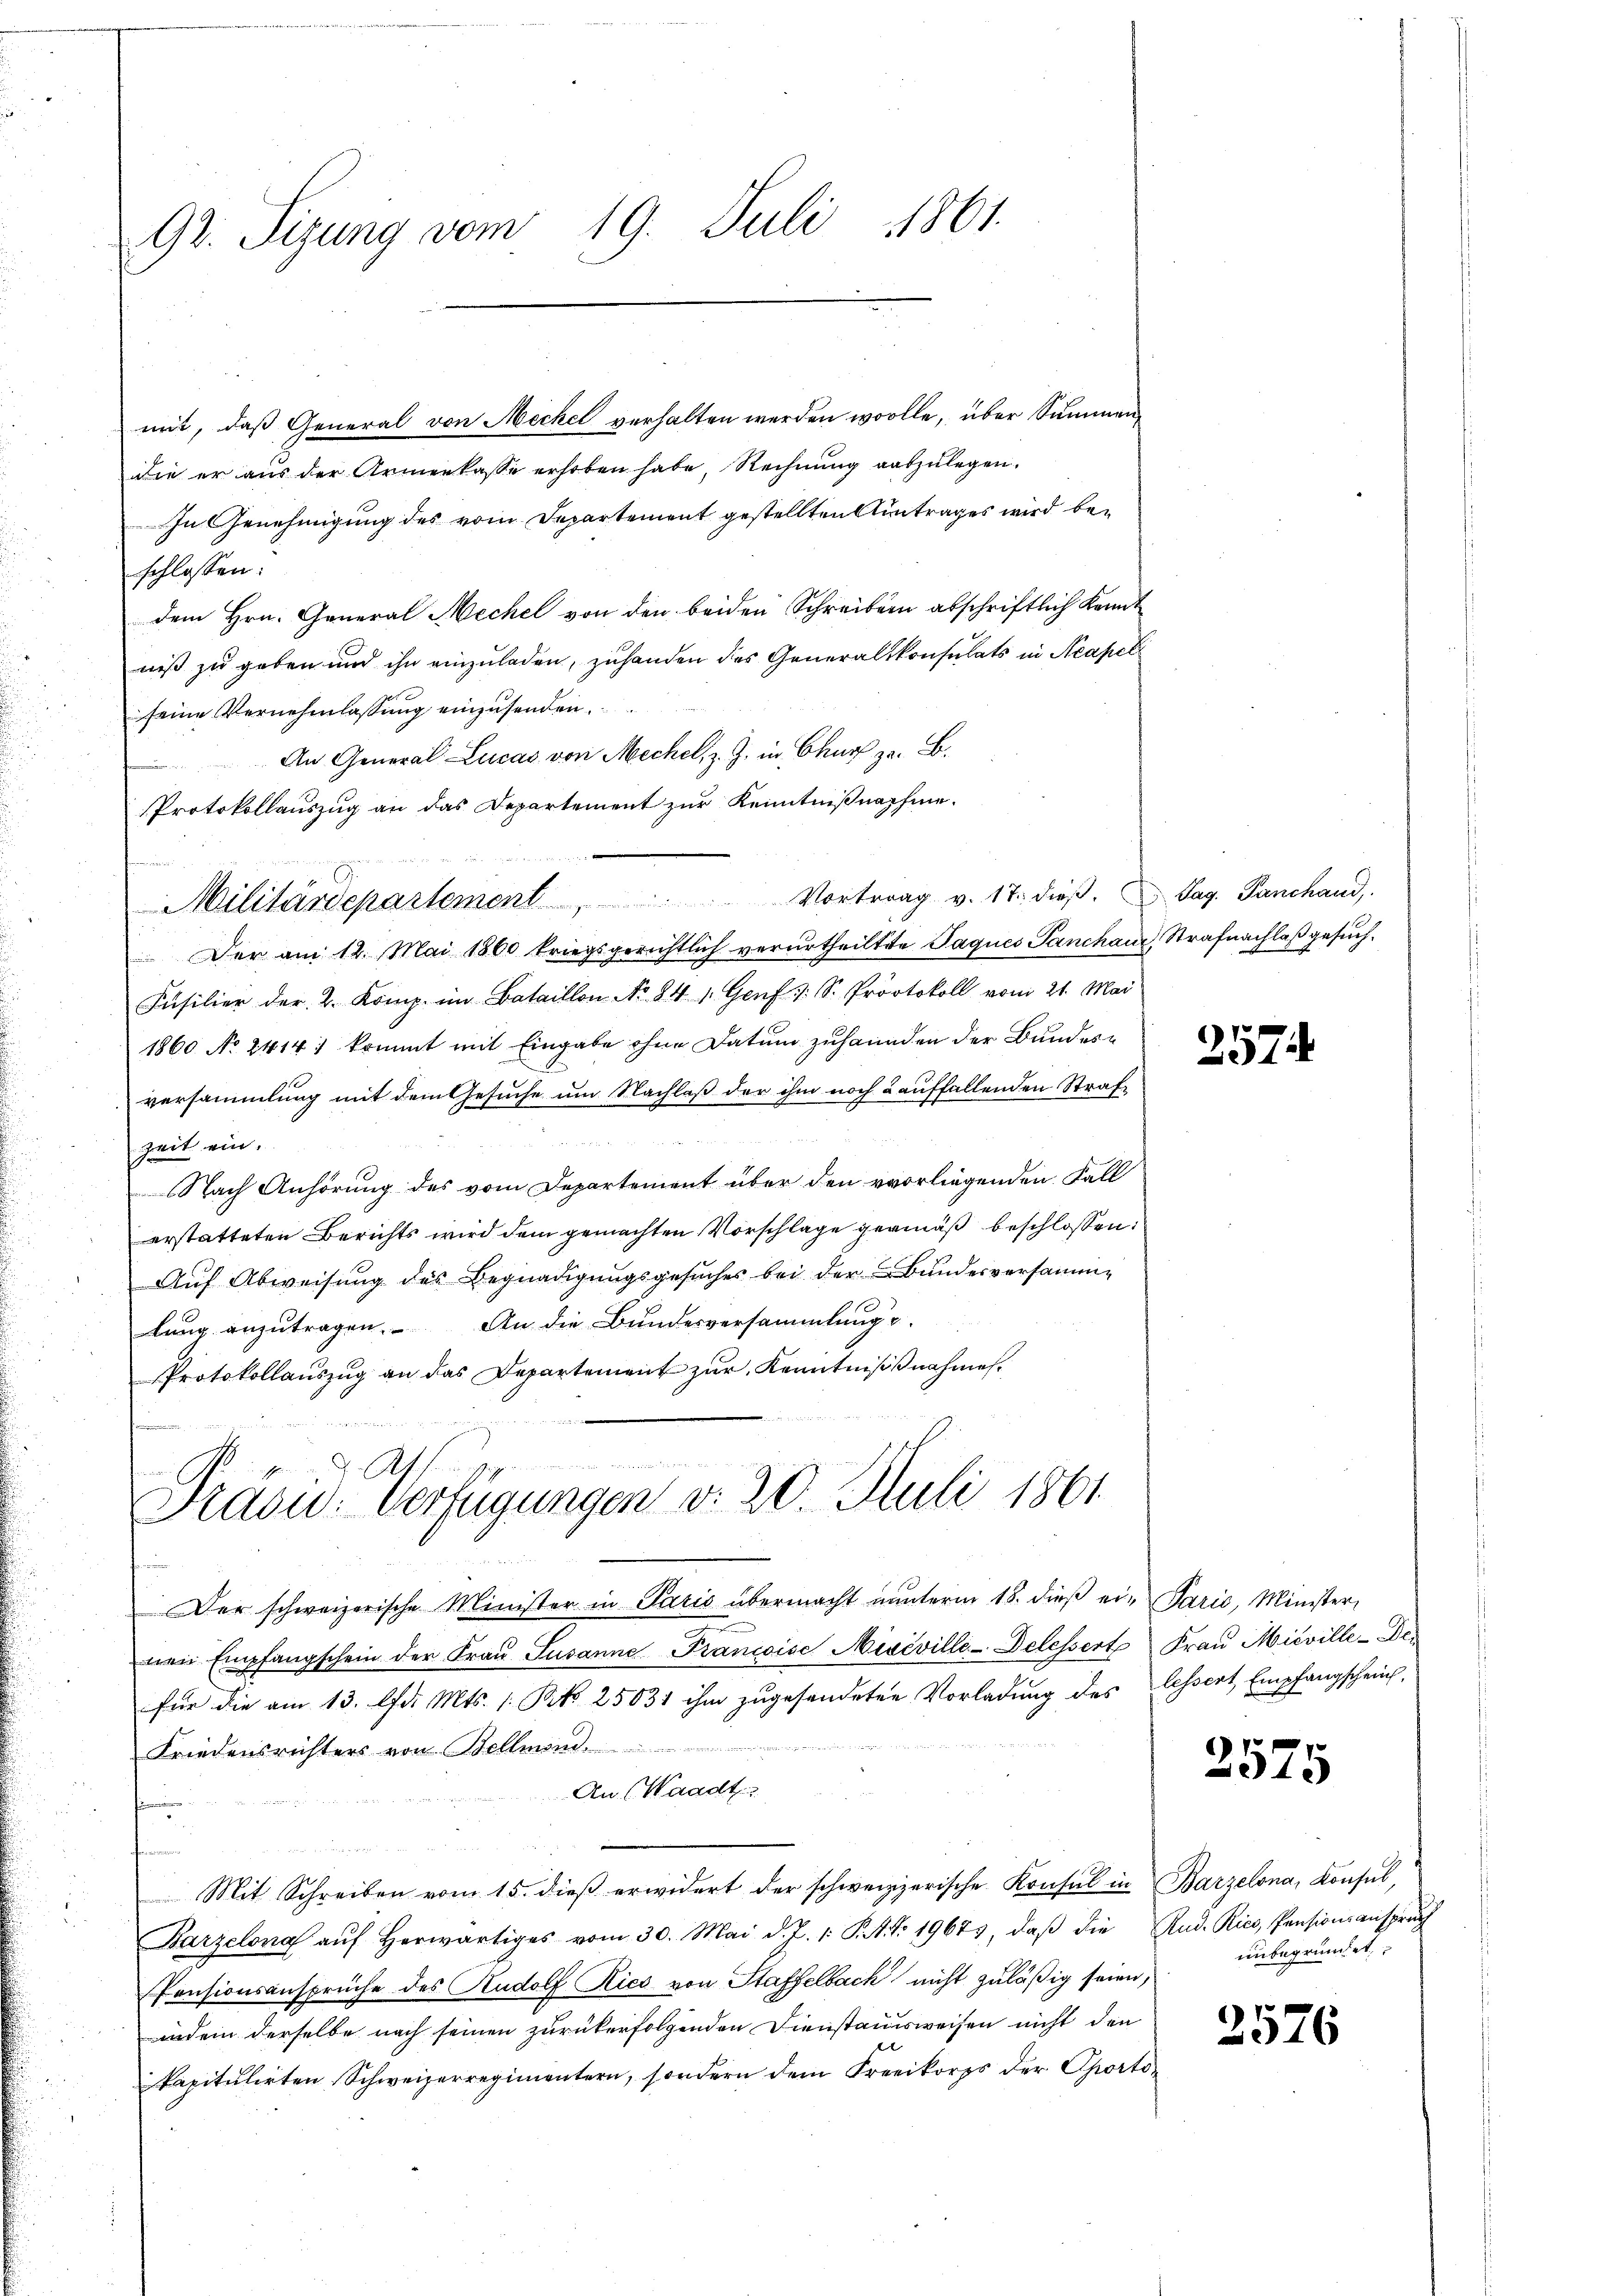
92. Sigung vom 19. Juli 1861.

mit, daß General von Meckel verhalten werden wolle, über Summendie er aus der Armenkasse erhoben habe, Rechnung auszulegen.
In Genehmigung des vom Departement gestellten Antrages wird beschlossen:
dem Hrn. General Mechel von den beiden Schreiben abschriftlich kannt
niß zu geben und ihn einzuladen, zuhanden des Generalkonsulats in Neapel
seine Vernehmlassung einzusenden.
An General Lucas von Mechel, z. Z. in Churf z. B.
Protokollauszug an das Departement zur Kenntnißnahme.
Der am 12. Mai 1860 kriegsgerichtlich verurtheilte Jaques Panchan Strafnachlaß gesuch¬
Füsilier der 2. Komp. im Bataillon No 841. Genf : S. Protokoll vom 21. Mai
1860 No 2414; kommt mit Eingabe ohne Datum zusannden der Bundesversammlung mit dem Gesuche um Nachlaß der ihm noch & auffallenden Straf¬
Zeit ein.
Nach Anhörung des vom Departement über den vorliegenden Fall
erstatteten Berichts wird dem gemachten Vorschlage gemäß beschlossen:
Auf Abweisung des Begnadigungsgesuches bei der Bundesversammlung anzutragen. An die Bundesversammlung
Protokollauszug an das Departement zur Kenntnisnahmen.

Militärdepartement                              Vortrag v. 17. dieß. Pag. Panchand,

Präsid. Verfügungen d. 20. Juli 1861

Der schweizerische Minister in Paris übermacht nŭnterm 18. dieβ ei-Parić, Minister
nen Empfangschein der Fraŭ Susanne Francise Niveville-Delessert Frau Mieville-Defür die am 13. d. Mts. 1 Pkt. 25031 ihm zugesendeten Vorladung des lessert, Empfangscheint,
Friedensrichters von Bellmend
An (Waadt
Mit Schreiben vom 15. dieß erwidert der schweizzerische Konsul in Barzelona, Konsul,
Barzelona aŭf herwärtiges vom 30. Mai d. J. 1. S. Art. 19673, daβ die Rud. Rico, Pensionsansprŭch
Pensionsansprüche des Rudolf Kies von Staffelbach nicht zuläßig seien,
indein derselbe nach seinen zurückerfolgenden Dienstausweisen nicht den
kapitulirten Schweizerregimentern, sondern dem Freeikorps der Sporto¬

257.

2575

unbegründet,

2576